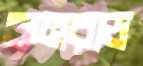
কনরাড